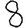
Digit: 8